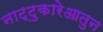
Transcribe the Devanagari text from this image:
नाट्टुकारेआतुन